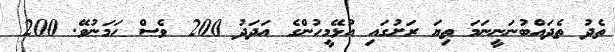
ތެދު ތެދައްބުނަނީނަމަ ތިޔަ ރަށުގައި އުޅޭމީހުންގެ އަދަދު 200 ވެސް ހަމަނުވޭ. 200